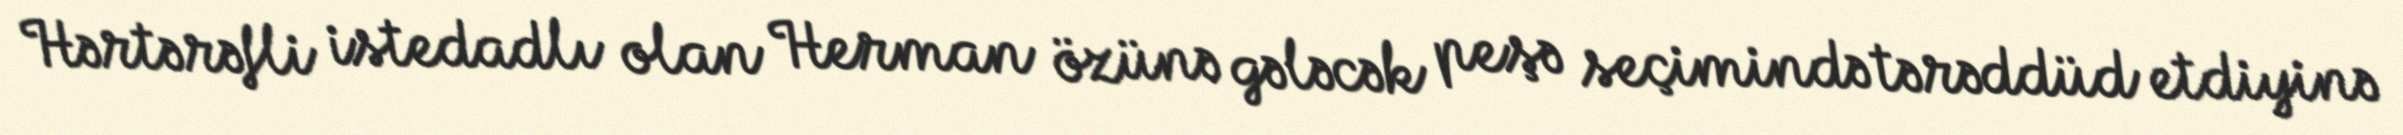
Hərtərəfli istedadlı olan Herman özünə gələcək peşə seçimində tərəddüd etdiyinə